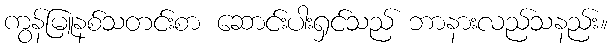
ကွန်မြူနစ်သတင်းစာ ဆောင်းပါးရှင်သည် ဘာနားလည်သနည်း။